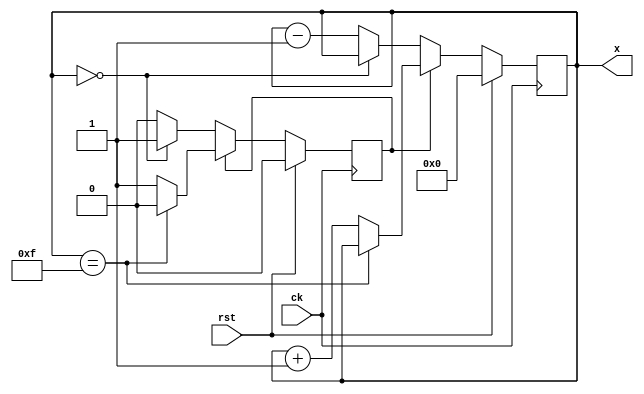
module stm(ck, rst, x);
    input ck, rst;
    output [3:0] x;
    reg [3:0] x;
    reg st;
    always @(posedge ck) begin
        if (rst == 1) begin
            st <= 0;
            x <= 0;
        end else begin
            if (st == 0) begin
                if (x == 0) st <= 1;
                else x <= x - 1;
            end else begin
                if (x == 15) st <= 0;
                else x <= x + 1;
            end
        end
    end
endmodule